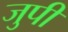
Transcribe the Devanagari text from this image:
जुपी